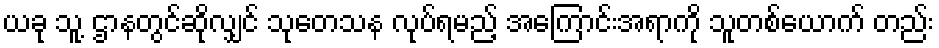
ယခု သူ့ ဌာနတွင်ဆိုလျှင် သုတေသန လုပ်ရမည့် အကြောင်းအရာကို သူတစ်ယောက် တည်း